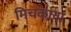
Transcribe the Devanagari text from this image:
मिचकाना